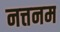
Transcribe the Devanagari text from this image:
नत्तनम